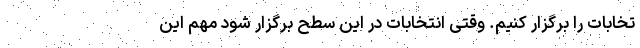
تخابات را برگزار کنیم. وقتی انتخابات در این سطح برگزار شود مهم این